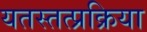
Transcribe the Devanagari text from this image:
यतस्तत्प्रक्रिया